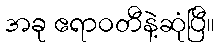
အခု ဧရာဝတီနဲ့ဆုံပြီ။